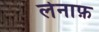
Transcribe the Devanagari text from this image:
लेनाफ़